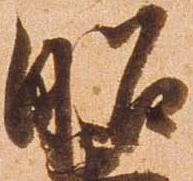
昭